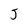
Character: J